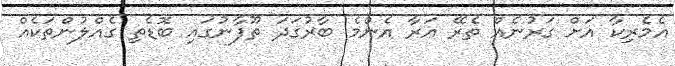
އެމެރިކާ އަށް ގަރުނެއް ތެރޭ އަރާ އެންމެ ބާރުގަދަ ތޫފާނުގައި ބޮޑެތި ގެއްލުންތަކެއް